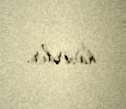
hazırdır.